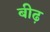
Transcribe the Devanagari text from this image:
बीढ़